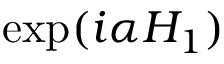
\exp ( i \alpha H _ { 1 } )